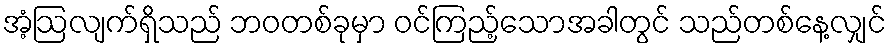
အံ့ဩလျက်ရှိသည် ဘဝတစ်ခုမှာ ဝင်ကြည့်သောအခါတွင် သည်တစ်နေ့လျှင်